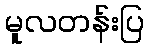
မူလတန်းပြ